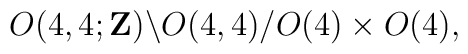
O(4,4;{\bf Z}) \backslash O(4,4)/O(4) \times O(4),